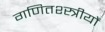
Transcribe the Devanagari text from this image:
गणितश्स्त्रीयों